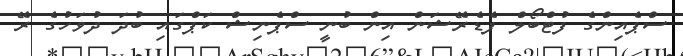
ސްޕެއިންގެ ފުޓްބޯލް ފެޑެރޭޝަން އިން ބުނީ ސްޕެނިޝް ކަޕްގައި ބުދަ ދުވަހުގެ ރޭ